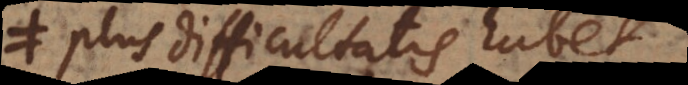
plus difficultatis habet